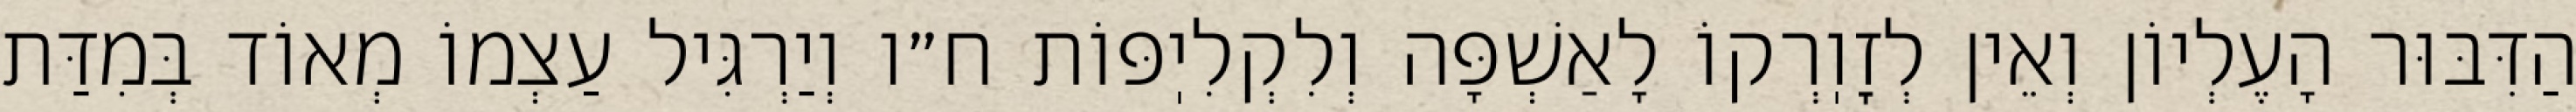
הַדִּבּוּר הָעֶלְיוֹן וְאֵין לְזׇוֽרְקוֹ לָאַשְׁפָּה וְלִקְלִיֽפּוֹת ח״ו וְיַרְגִּיל עַצְמוֹ מְאוֹד בְּמִדַּת